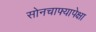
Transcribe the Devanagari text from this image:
सोनचाफ्यापेक्षा